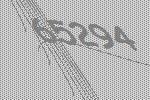
65294